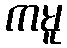
ကမူ